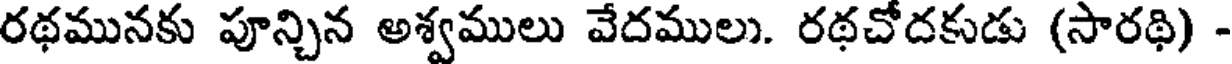
రథమునకు పూన్చిన అశ్వములు వేదములు. రథచోదకుడు (సారథి) -